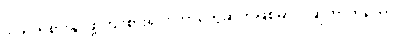
ဒါကိုကုစားနိုင်ဖို့ကြိုးစားရင်း ဘာတွေဆက်ဖြစ်မှာလဲဆိုတာကိုတော့